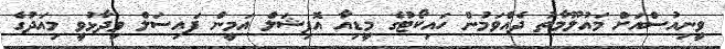
ވީނިއުސްއަށް މައުލޫމާތު ދެއްވަމުން ހައިކޯޓުގެ މީޑިއާ އޮފިޝަލް އަމީން ފައިސަލް ވިދާޅުވީ މިއަދުގެ